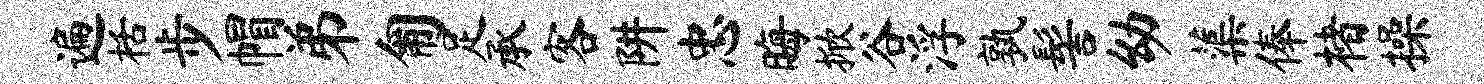
遍栝步帽弟匍足承客阱忠晦掀谷浮孰髻幼蕖俸楮操